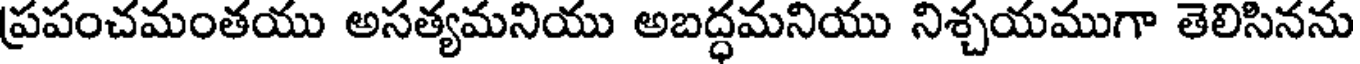
ప్రపంచమంతయు అసత్యమనియు అబద్ధమనియు నిశ్చయముగా తెలిసినను